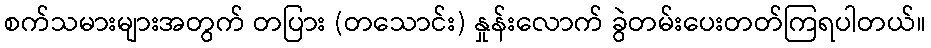
စက်သမားများအတွက် တပြား (တသောင်း) နှုန်းလောက် ခွဲတမ်းပေးတတ်ကြရပါတယ်။